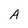
Character: A